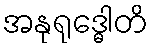
အနုရုဒ္ဓေါတိ